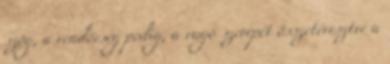
szög, a rendőrség pedig, a rugó szerepét összetévesztve a